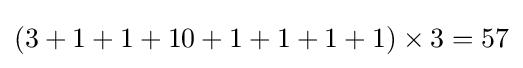
(3+1+1+10+1+1+1+1)\times 3=57